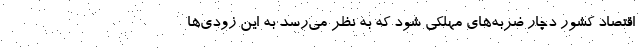
اقتصاد کشور دچار ضربه‌های مُهلکی شود که به نظر می‌رسد به این زودی‌ها